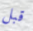
قبل